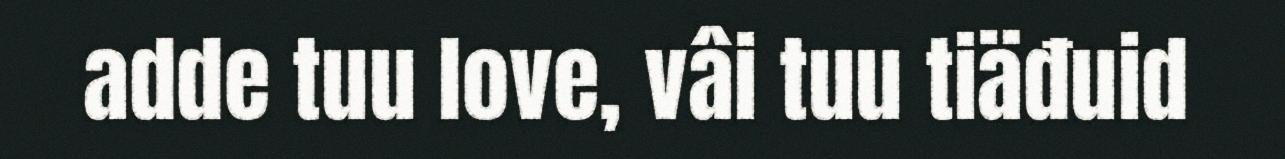
adde tuu love, vâi tuu tiäđuid